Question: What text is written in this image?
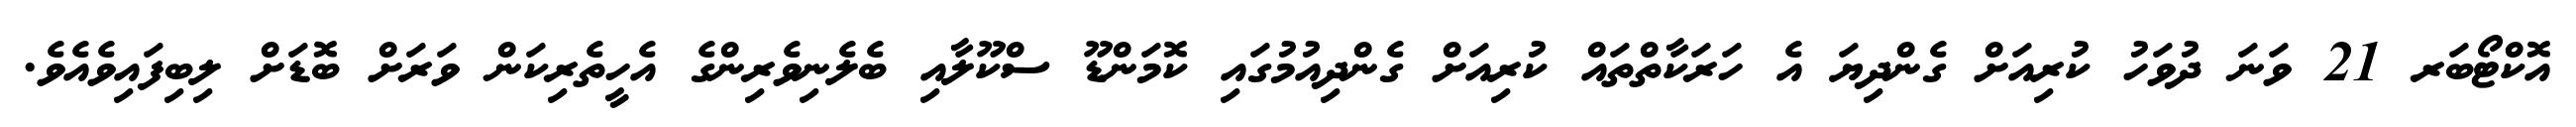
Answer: އޮކްޓޯބަރ 21 ވަނަ ދުވަހު ކުރިއަށް ގެންދިޔަ އެ ހަރަކާތްތައް ކުރިއަށް ގެންދިއުމުގައި ކޮމަންޑޫ ސްކޫލާއި ބެލެނިވެރިންގެ އެހީތެރިކަން ވަރަށް ބޮޑަށް ލިބިފައިވެއެވެ.